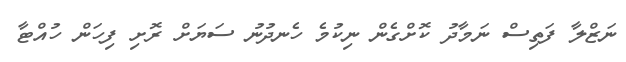
ނަޒްލާ ފަތިސް ނަމާދު ކޮށްގެން ނިކުމެ ހެނދުނު ސަޔަށް ރޮށި ފިހަން ހުއްޓާ